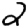
Digit: 2